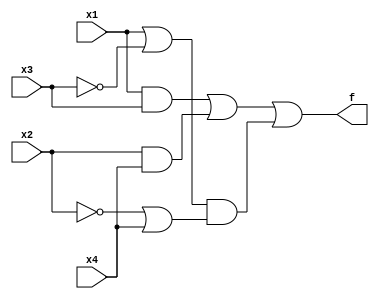
module example2 (x1,x2,x3,x4,f);
input x1,x2,x3,x4;
output f;
assign f = (((x1 & x3) | (x2 & x4)) | ((x1 | ~x3) & (~x2 | x4)));
endmodule